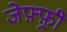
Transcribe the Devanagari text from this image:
जेफ़्फ़्री